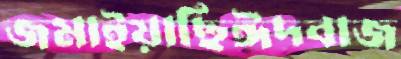
জমাইয়াছিঈদবাজ